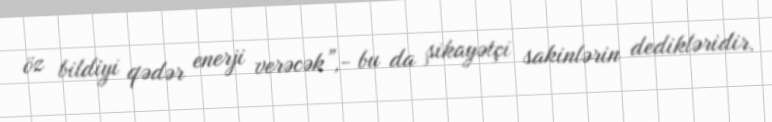
öz bildiyi qədər enerji verəcək”,- bu da şikayətçi sakinlərin dedikləridir.